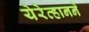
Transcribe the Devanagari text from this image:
येरेव्हानने